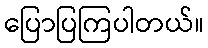
ပြောပြကြပါတယ်။